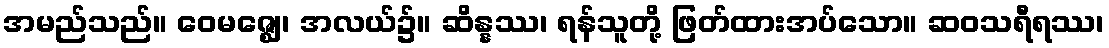
အမည်သည်။ ဝေမဇ္ဈေ၊ အလယ်၌။ ဆိန္နဿ၊ ရန်သူတို့ ဖြတ်ထားအပ်သော။ ဆဝသရီရဿ၊